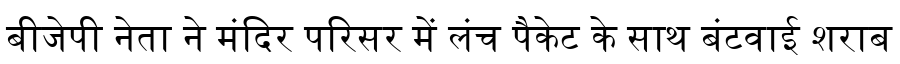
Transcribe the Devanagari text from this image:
बीजेपी नेता ने मंदिर परिसर में लंच पैकेट के साथ बंटवाई शराब